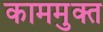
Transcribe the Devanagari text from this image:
काममुक्त